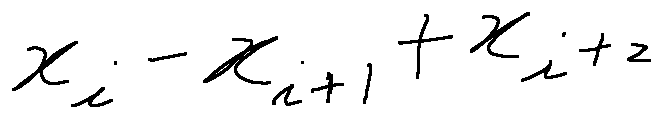
x _ { i } - x _ { i + 1 } + x _ { i + 2 }